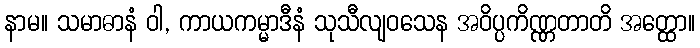
နာမ။ သမာဓာနံ ဝါ, ကာယကမ္မာဒီနံ သုသီလျဝသေန အဝိပ္ပကိဏ္ဏတာတိ အတ္ထော။